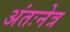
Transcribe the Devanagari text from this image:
अंतःनेत्र